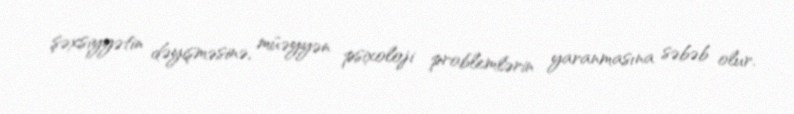
şəxsiyyətin dəyişməsinə, müəyyən psixoloji problemlərin yaranmasına səbəb olur.